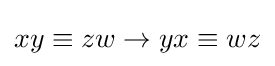
xy\equiv zw\rightarrow yx\equiv wz